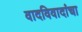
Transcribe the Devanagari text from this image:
वादविवादांचा